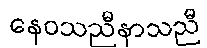
နေဝသညီနာသညီ